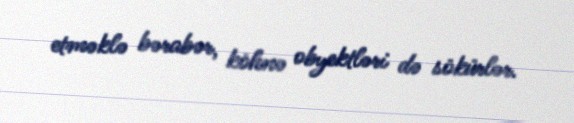
etməklə bərabər, köhnə obyektləri də sökürlər.